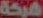
شركة